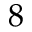
8